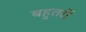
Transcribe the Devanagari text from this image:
बहुतरों